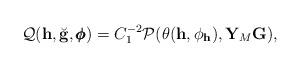
LaTeX: \begin{align*} \mathcal Q(\mathbf h, \breve{\mathbf g}, \pmb{\phi}) = C_1^{-2} \mathcal P(\theta(\mathbf h,\phi_{\mathbf h}),\mathbf Y_M \mathbf G), \end{align*}